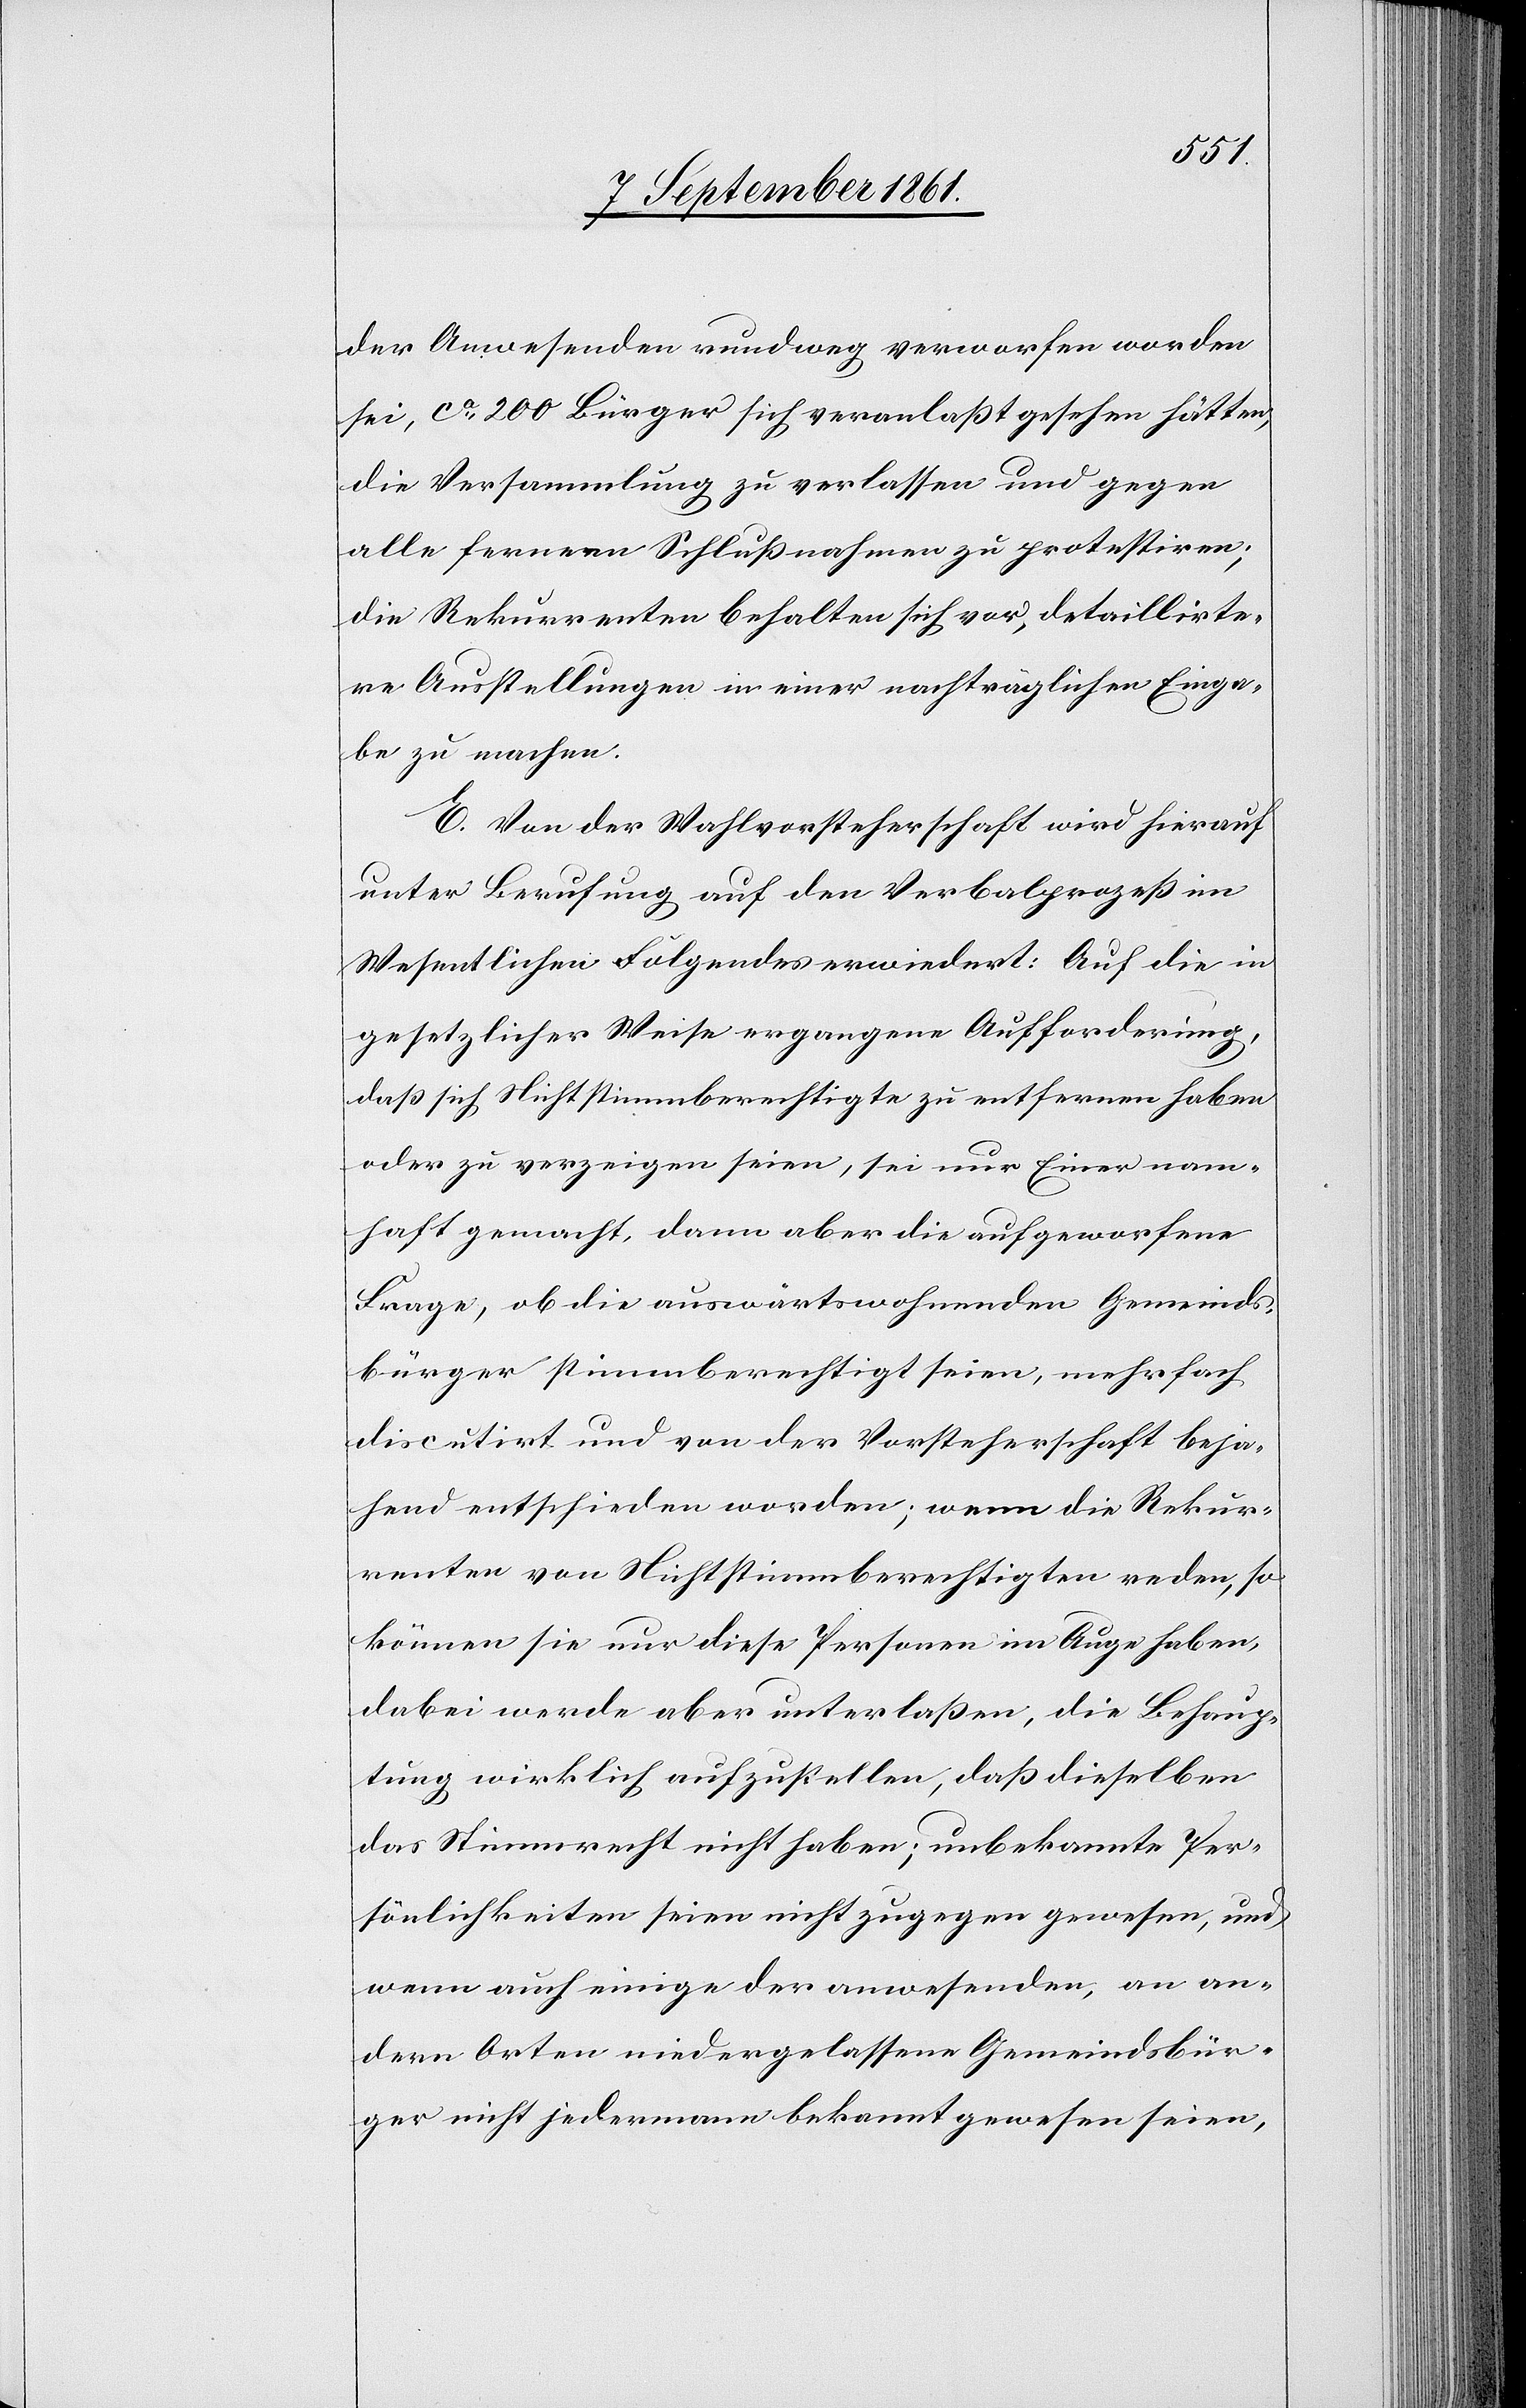
der Anwesenden rundweg verworfen worden
sei, ca 200 Bürger sich veranlaßt gesehen hätten,
die Versammlung zu verlassen und gegen
alle ferneren Schlußnahmen zu protestiren;
die Rekurrenten behalten sich vor, detaillirte¬
re Ausstellungen in einer nachträglichen Einga¬
be zu machen.
E. Von der Wahlvorsteherschaft wird hierauf
unter Berufung auf den Verbalprozeß im
Wesentlichen Folgendes erwiedert: Auf die in
gesetzlicher Weise ergangene Aufforderung,
daß sich Nichtstimmberechtigte zu entfernen haben
oder zu verzeigen seien, sei nur Einer nam¬
haft gemacht, dann aber die aufgeworfene
Frage, ob die auswärtswohnenden Gemeinds¬
bürger stimmberechtigt seien, mehrfach
discutirt und von der Vorsteherschaft beja¬
hend entschieden worden; wenn die Rekur¬
renten von Nichtstimmberechtigten reden, so
können sie nur diese Personen im Auge haben,
dabei werde aber unterlaßen, die Behaup¬
tung wirklich aufzustellen, daß dieselben
das Stimmrecht nicht haben; unbekannte Per¬
sönlichkeiten seien nicht zugegen gewesen, und
wenn auch einige der anwesenden, an an¬
dern Orten niedergelassene Gemeindsbür¬
ger nicht jedermann bekannt gewesen seien,